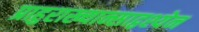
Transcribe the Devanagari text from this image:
प्राहुराख्यान्साद्वश्येन